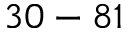
3 0 - 8 1